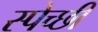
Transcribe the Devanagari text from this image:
स्पेच्छी